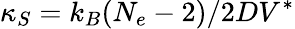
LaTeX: \kappa_{S}=k_{B}(N_{e}-2)/2DV^{\ast}